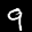
Label: 9